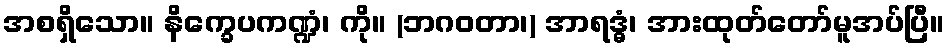
အစရှိသော။ နိက္ခေပကဏ္ဍံ၊ ကို။ (ဘဂဝတာ၊) အာရဒ္ဓံ၊ အားထုတ်တော်မူအပ်ပြီ။